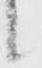
候